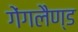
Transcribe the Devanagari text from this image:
गेंगलैण्ड